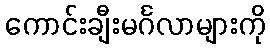
ကောင်းချီးမင်္ဂလာများကို